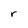
Character: r